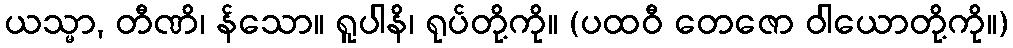
ယသ္မာ, တီဏိ၊ န်သော။ ရူပါနိ၊ ရုပ်တို့ကို။ (ပထဝီ တေဇော ဝါယောတို့ကို။)